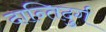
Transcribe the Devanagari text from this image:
दान्तिदुर्ग